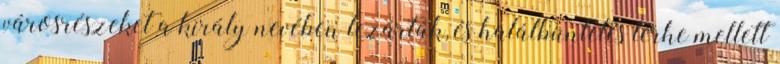
városrészeket a király nevében lezárták, és halálbüntetés terhe mellett